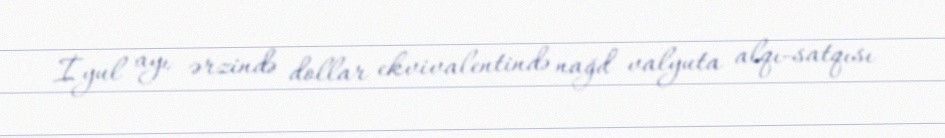
İyul ayı ərzində dollar ekvivalentində nağd valyuta alqı-satqısı